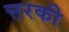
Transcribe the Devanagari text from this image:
त्तरकी